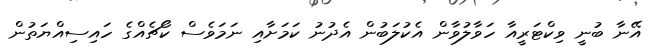
އޭނާ ބުނީ ވިކްޓަރީއާ ހަވާލުވާން އެކުލަބުން އެދުނު ކަމަށާއި ނަމަވެސް ކޯޗެއްގެ ހައިސިއްޔަތުން